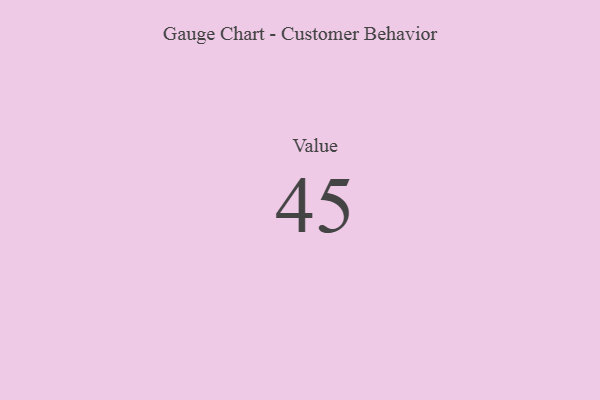
{"axis": {"x": "Metric", "y": "Value"}, "legend": [""], "data": [{"x": "Value", "y": 45, "type": ""}]}